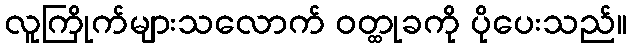
လူကြိုက်များသလောက် ဝတ္ထုခကို ပိုပေးသည်။